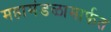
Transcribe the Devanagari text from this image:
महामंडळामार्फत